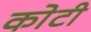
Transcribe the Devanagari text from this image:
काेटी